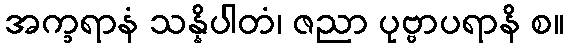
အက္ခရာနံ သန္နိပါတံ၊ ဇညာ ပုဗ္ဗာပရာနိ စ။